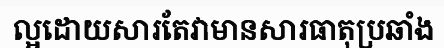
ល្អដោយសារតែវាមានសារធាតុប្រឆាំង